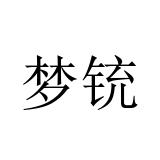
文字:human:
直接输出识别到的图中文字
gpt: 梦铳